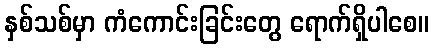
နှစ်သစ်မှာ ကံကောင်းခြင်းတွေ ရောက်ရှိပါစေ။